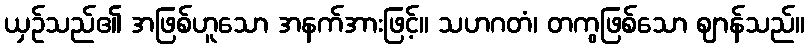
ယှဉ်သည်၏ အဖြစ်ဟူသော အနက်အားဖြင့်။ သဟဂတံ၊ တကွဖြစ်သော ဈာန်သည်။